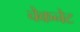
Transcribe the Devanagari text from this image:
चेकनेट